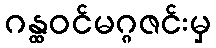
ဂန္ထဝင်မဂ္ဂဇင်းမှ